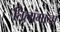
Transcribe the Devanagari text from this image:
तिलांगाना